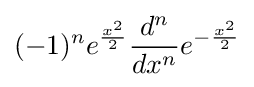
(-1)^{n}e^{\frac {x^{2}}{2}}{\frac {d^{n}}{dx^{n}}}e^{-{\frac {x^{2}}{2}}}